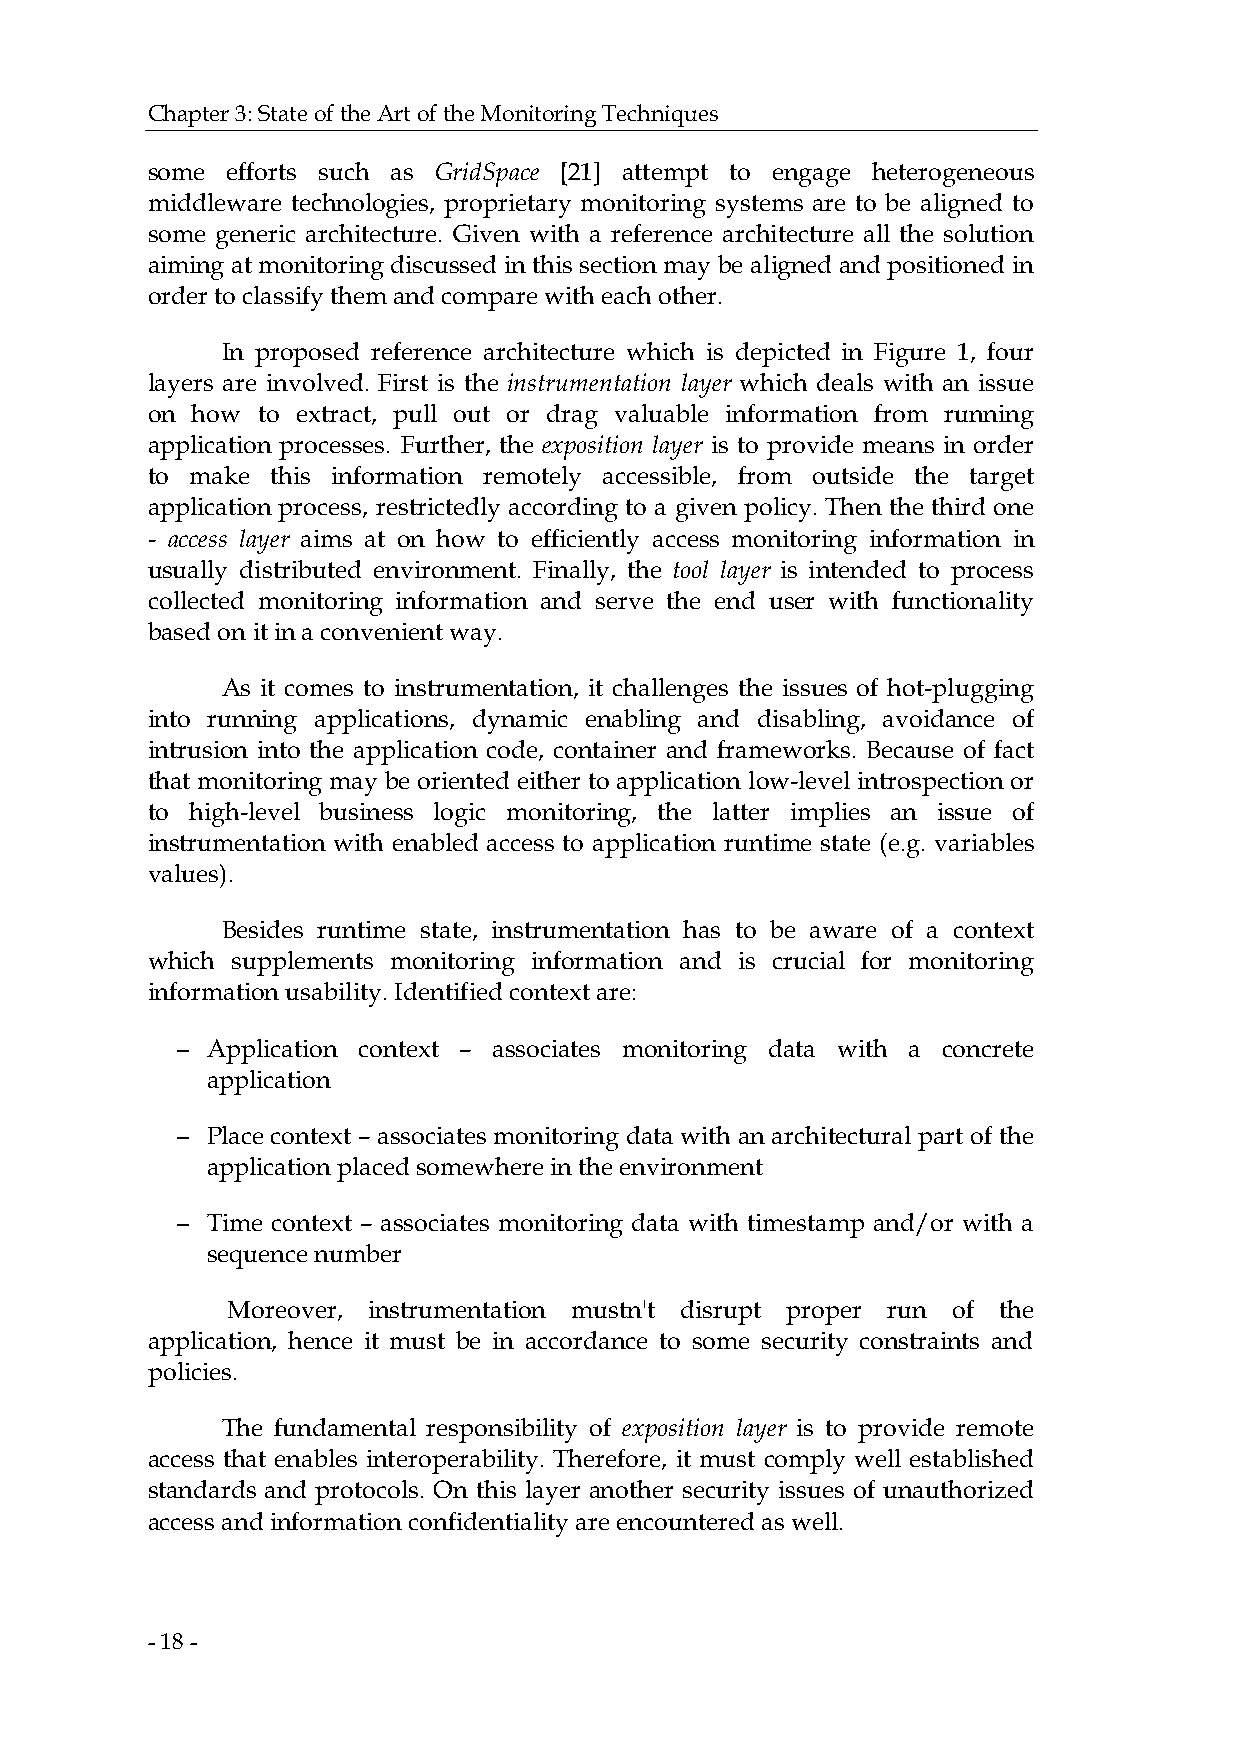
Chapter 3: State of the Art of the Monitoring Techniques
 some efforts such as GridSpace [21] attempt to engage heterogeneous
 middleware technologies, proprietary monitoring systems are to be aligned to
 some generic architecture. Given with a reference architecture all the solution
 aiming at monitoring discussed in this section may be aligned and positioned in
 order to classify them and compare with each other.
 In proposed reference architecture which is depicted in Figure 1, four
 layers are involved. First is the instrumentation layer which deals with an issue
 on how to extract, pull out or drag valuable information from running
 application processes. Further, the exposition layer is to provide means in order
 to make this information remotely accessible, from outside the target
 application process, restrictedly according to a given policy. Then the third one
 - access layer aims at on how to efficiently access monitoring information in
 usually distributed environment. Finally, the tool layer is intended to process
 collected monitoring information and serve the end user with functionality
 based on it in a convenient way.
 As it comes to instrumentation, it challenges the issues of hot-plugging
 into running applications, dynamic enabling and disabling, avoidance of
 intrusion into the application code, container and frameworks. Because of fact
 that monitoring may be oriented either to application low-level introspection or
 to high-level business logic monitoring, the latter implies an issue of
 instrumentation with enabled access to application runtime state (e.g. variables
 values).
 Besides runtime state, instrumentation has to be aware of a context
 which supplements monitoring information and is crucial for monitoring
 information usability. Identified context are:
 − Application context – associates monitoring data with a concrete
 application
 − Place context – associates monitoring data with an architectural part of the
 application placed somewhere in the environment
 − Time context – associates monitoring data with timestamp and/or with a
 sequence number
 Moreover, instrumentation mustn't disrupt proper run of the
 application, hence it must be in accordance to some security constraints and
 policies.
 The fundamental responsibility of exposition layer is to provide remote
 access that enables interoperability. Therefore, it must comply well established
 standards and protocols. On this layer another security issues of unauthorized
 access and information confidentiality are encountered as well.
 - 18 -